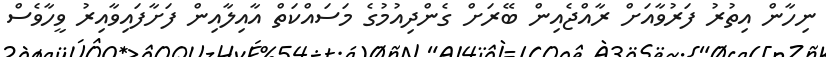
ނިހާން އިތުރު ފަރުވާއަށް ރާއްޖެއިން ބޭރަށް ގެންދިއުމުގެ މަސައްކަތް އާއިލާއިން ފަށާފައިވާއިރު ވީހާވެސް